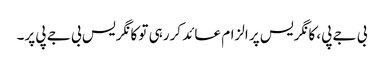
بی جے پی، کانگریس پر الزام عائد کررہی تو کانگریس بی جے پی پر۔